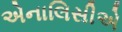
એનાલિસીએ